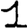
Digit: 1